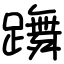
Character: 躌